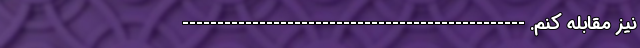
نیز مقابله کنم. -------------------------------------------------